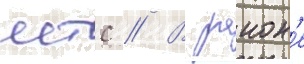
мтс // В раион'е